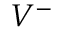
{ V } ^ { \ensuremath { - } }